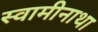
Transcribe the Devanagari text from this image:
स्वामीनाथा